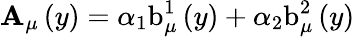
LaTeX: \mathbf{A}_{\mu}\left(y\right)=\alpha_{1}\mathrm{b}_{\mu}^{1}\left(y\right)+\alpha_{2}\mathrm{b}_{\mu}^{2}\left(y\right)